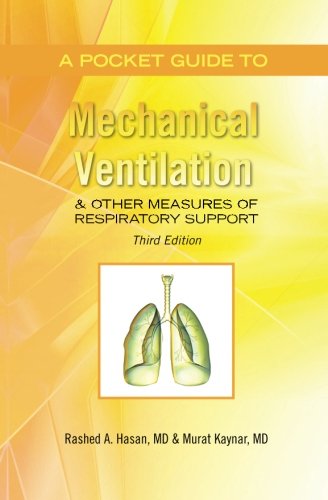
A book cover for A Pocket Guide to Mechanical Ventilation & Other Measures of Respiratory Support: Third Edition; Rashed A Hasan M.D.; Health, Fitness & Dieting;